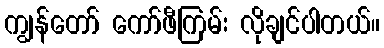
ကျွန်တော် ကော်ဖီကြမ်း လိုချင်ပါတယ်။